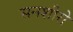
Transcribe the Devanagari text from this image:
सनशीरो